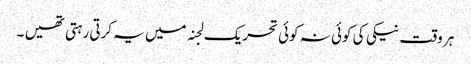
ہر وقت نیکی کی کوئی نہ کوئی تحریک لجنہ میں یہ کرتی رہتی تھیں ۔